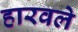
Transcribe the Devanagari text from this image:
हारवले